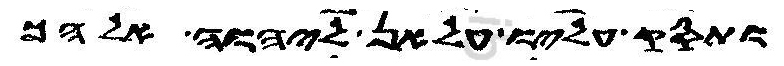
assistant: ותסק עליו עלאן ליהוה אלהך